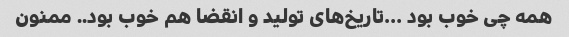
همه چی خوب بود …تاریخ‌های تولید و انقضا هم خوب بود.. ممنون